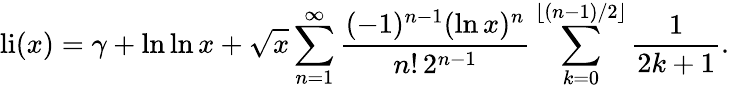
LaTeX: \operatorname{li}(x)=\gamma+\ln\ln x+{\sqrt{x}}\sum_{n=1}^{\infty}{\frac{(-1)^{n-1}(\ln x)^{n}}{n!\, 2^{n-1}}}\sum_{k=0}^{\lfloor(n-1)/2\rfloor}{\frac{1}{2k+1}}.